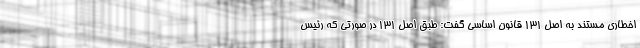
اخطاری مستند به اصل 131 قانون اساسی گفت: طبق اصل 131 در صورتی که رئیس